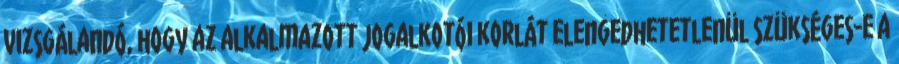
vizsgálandó, hogy az alkalmazott jogalkotói korlát elengedhetetlenül szükséges-e a